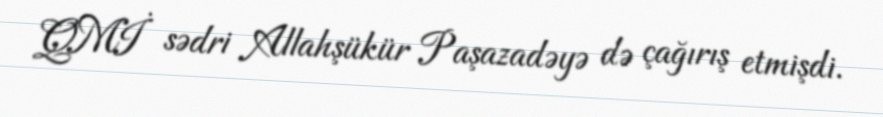
QMİ sədri Allahşükür Paşazadəyə də çağırış etmişdi.